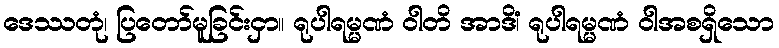
ဒေဿတုံ၊ ပြတော်မူခြင်းငှာ။ ရုပါရမ္မဏံ ဝါတိ အာဒိံ၊ ရုပါရမ္မဏံ ဝါအစရှိသော